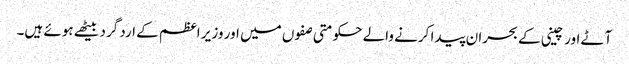
آٹے اور چینی کے بحران پیدا کرنے والے حکومتی صفوں میں اور وزیر اعظم کے ارد گرد بیٹھے ہوئے ہیں۔